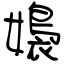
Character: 嬝